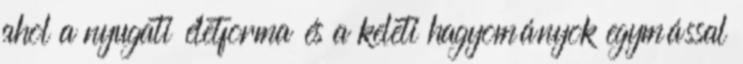
ahol a nyugati életforma és a keleti hagyományok egymással